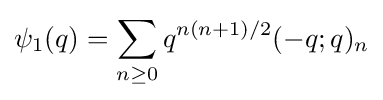
\psi _{1}(q)=\sum _{n\geq 0}{q^{n(n+1)/2}(-q;q)_{n}}